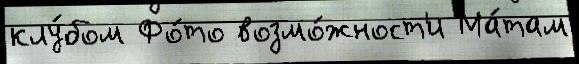
клу́бом Фо́то возмо́жност'и Ма́там